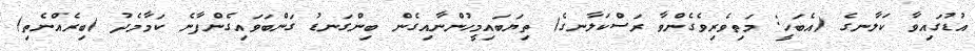
އުޑުގައިވާ ކަލާނގެ (އެބަހީ: މަތިވެރިވެގެންވާ ރަސްކަލާނގެ) ތިޔަބައިމީހުންނާއިގެން ބިންގަނޑު ގަންބަވައިގެންފާނެ ކަމާމެދު (ބިރެއްނެތި)